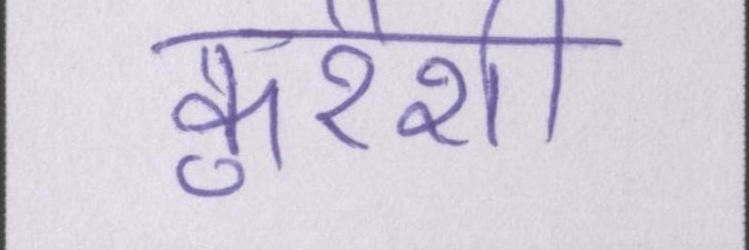
कुरैशी